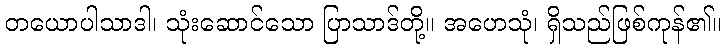
တယောပါသာဒါ၊ သုံးဆောင်သော ပြာသာဒ်တို့။ အဟေသုံ၊ ရှိသည်ဖြစ်ကုန်၏။